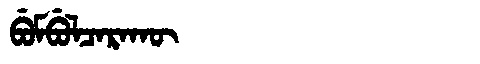
Manchu: ᠪᡠᠮᠪᡠᠯᠴᠠᡵᠠᡴᡡ
Romanization: BUMBULCARAKŪ